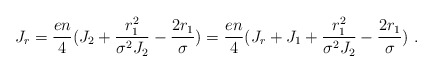
\begin{align*}J_r={{en}\over 4}(J_2+{{r_1^2}\over{\sigma^2J_2}}-{{2r_1}\over{\sigma}})={{en}\over 4}(J_r+J_1+{{r_1^2}\over{\sigma^2J_2}}-{{2r_1}\over{\sigma}})~.\end{align*}